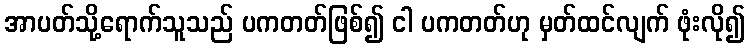
အာပတ်သို့ရောက်သူသည် ပကတတ်ဖြစ်၍ ငါ ပကတတ်ဟု မှတ်ထင်လျက် ဖုံးလို၍